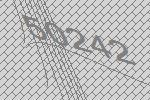
50242